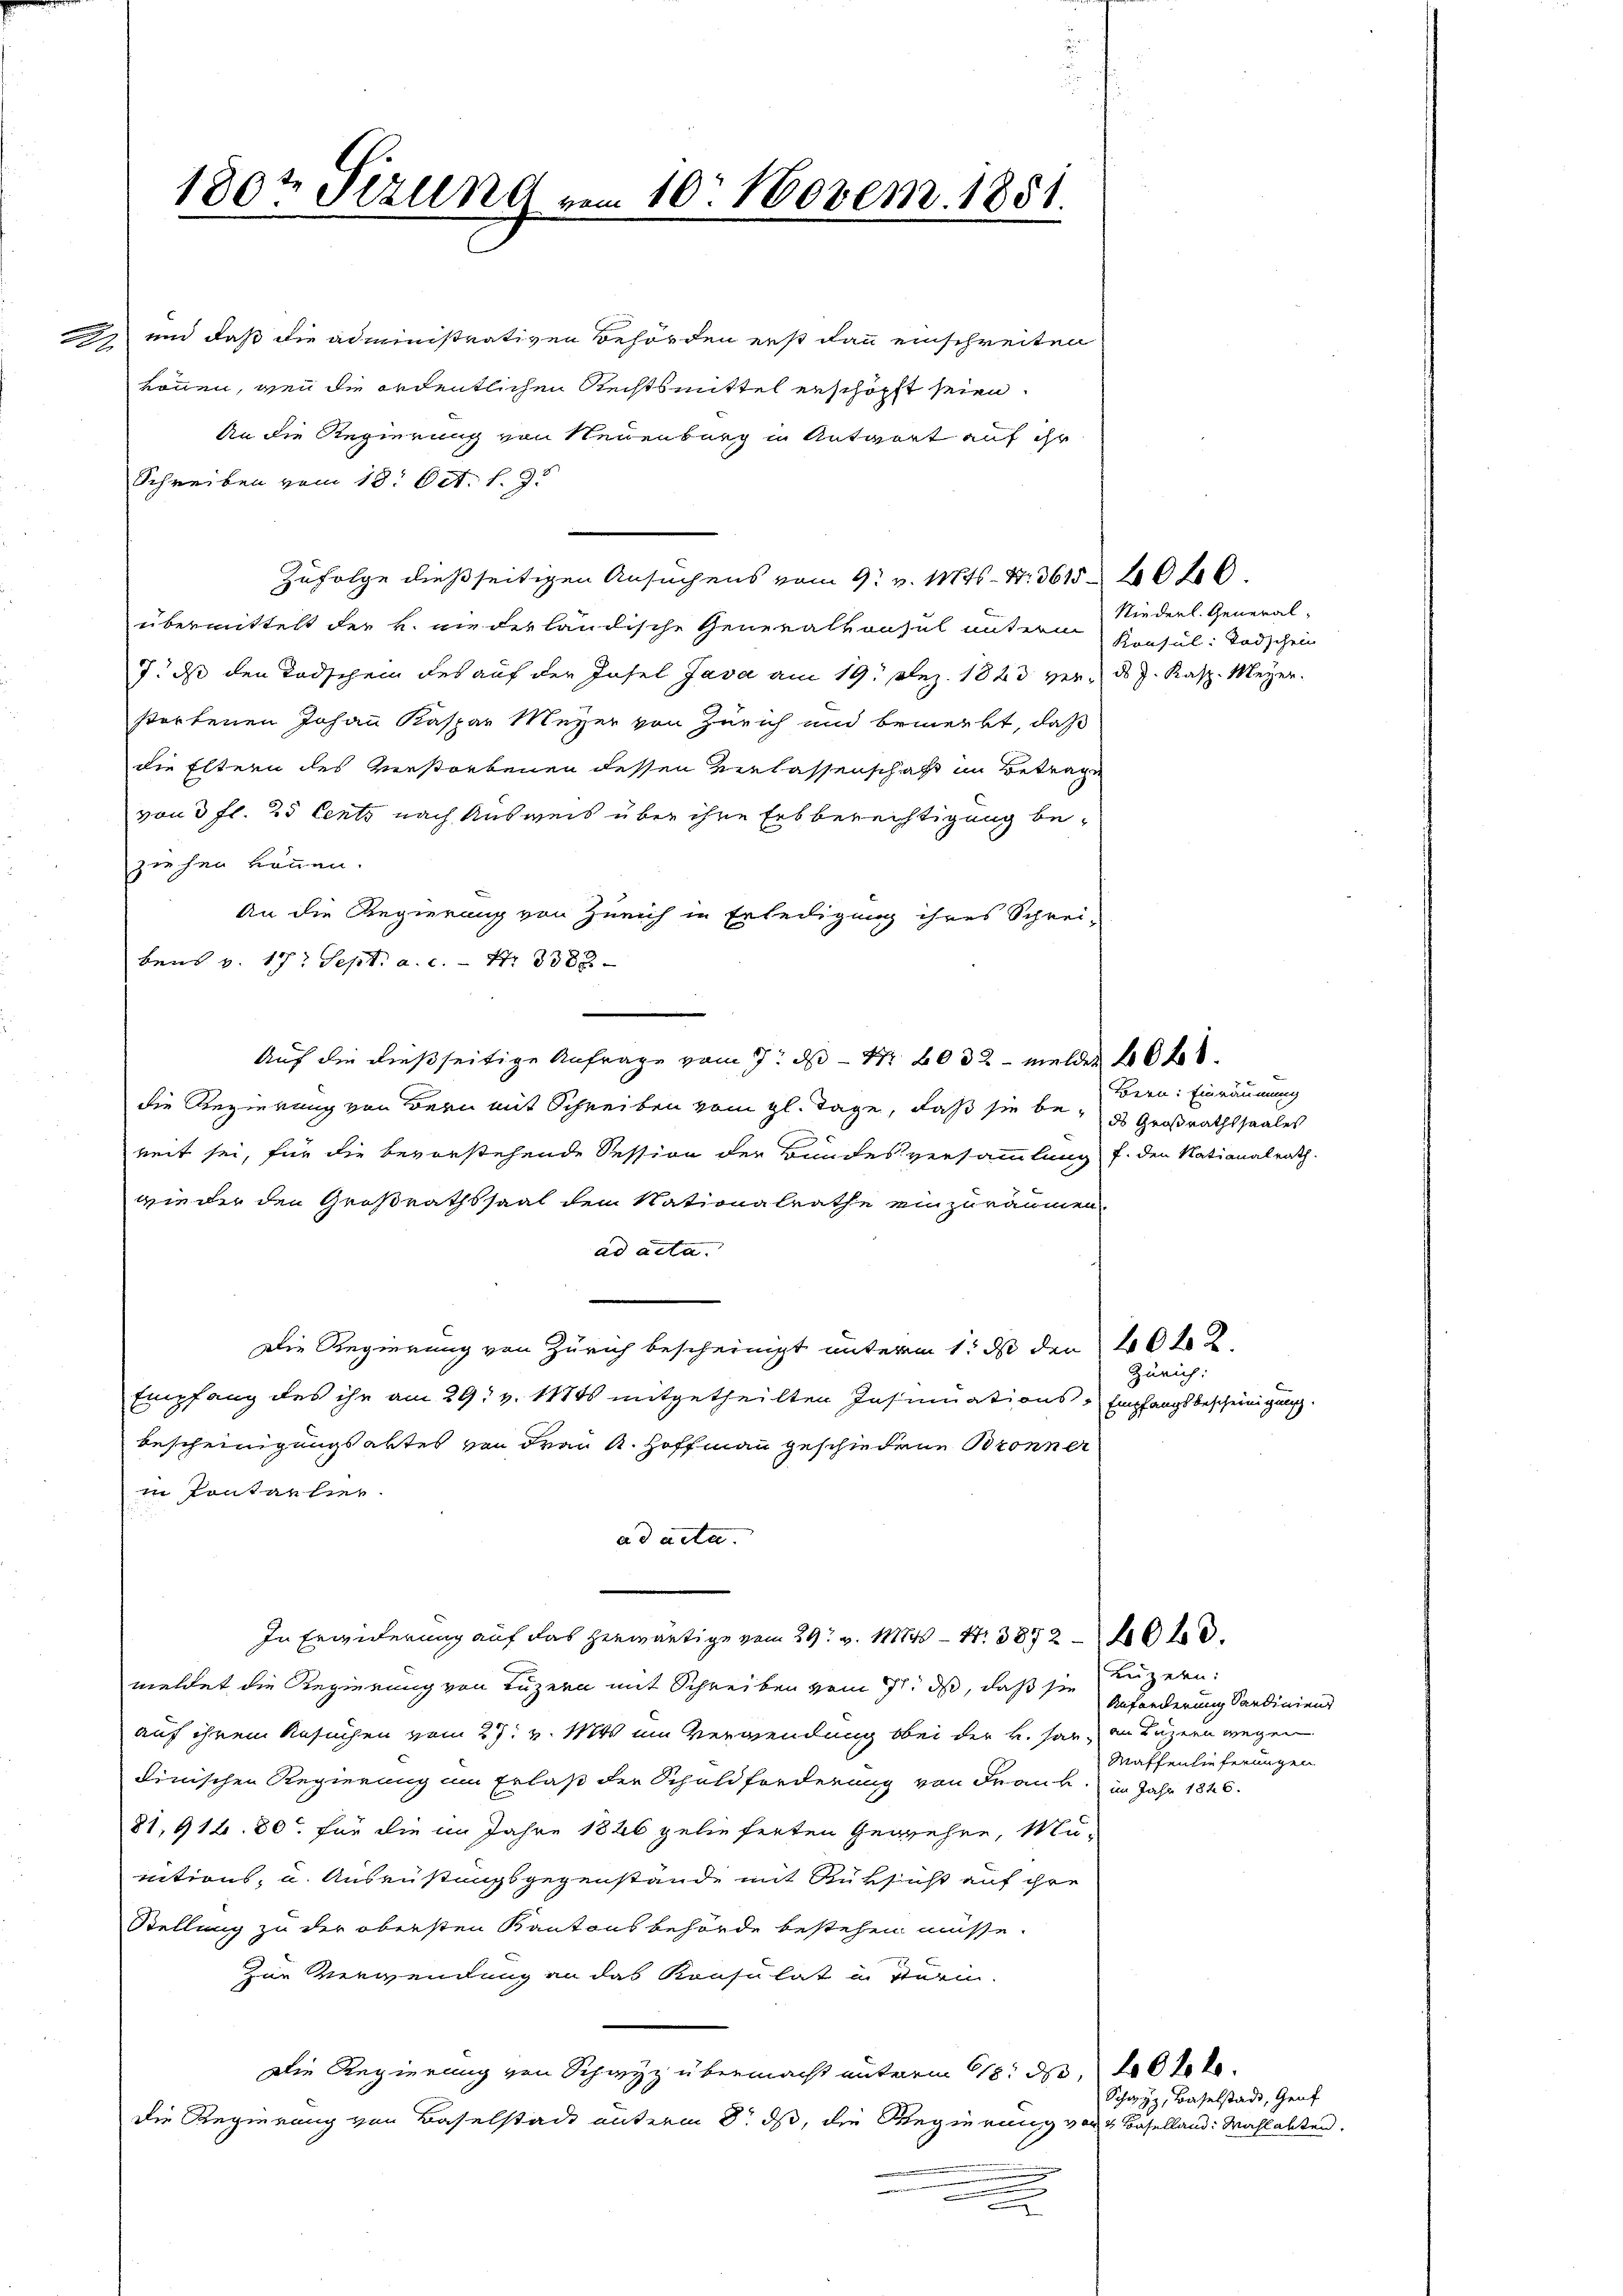
.

180t Sezung vom 10. Novem. 1851.

und daß die administrativen Behörden erst dann einschreiten
können, wenn die ordentlichen Rechtsmittel erschöpft seien.
An die Regierung von Neuenburg in Antwort auf ihr
Schreiben vom 18. Oct. l. J.
Zufolge dießseitigen Ansuchens vom 9. v. Mts. 4. 3615 - 2020.
übermittelt der v. niederländische Generalkonsul untern
7. ds den Todschein des auf der Insel Java am 19. Dez. 1823 ver- ds J. Kasp. Meyer.
storfenen Johann Kaspar Meyer von Zürich und bemerkt, daß
die Eltern des Verstorbenen dessen Verlassenschaft im Betrage
von 3 fl. 25 Cents nach Ausweis über ihre Erbberechtigung be-
ziehen können.
An die Regierung von Zürich in Erledigung ihres Schrei-
bens v. 17. Sept. a. c. - Nr. 3388
Auf die dießseitige Anfrage vom 9. ds Nr. 2032 - melder 40 f.
die Regierung von Bern mit Schreiben vom gl. Tage, daß sie be¬ d Großrathssaales
reit sei, für die bevorstehende Session der Bundesversammlung f. den Nationalrath.
wieder den Großrathssaat dem Nationalrathe einzuräumen.
ad acta
Die Regierung von Zürich bescheinigt unterm 1. ds der 20 t
Empfang des ihr am 29. v. 1815 mitgetheilten Insinuations-Empfangsbescheinigung.
Bescheinigungsaktes von Frei K. Hoffmann geschiedene Bronner
in Pontarlier.
ad acta.
In Erwiderung auf das herwärtige vom 29. v. 184 – N. 3892 40 l.
meldet die Regierung von Luzern mit Schreiben vom 11. ds, daß sie
auf ihrem Ansuchen vom 27. v. Mts. um Verwendung bei der B. han, an Luzern wegen
dinischen Regierung im Erlaß der Schuldforderung von Frank im Jahr 1840.
81,912. 80. für die im Jahre 1826 gelieferten Gewehre, Mu-
nitions, u. Ausrüstungsgegenstände mit Rüksicht auf ihre
Stellung zu der obersten Kantonsbehörde bestehen müsse.
Zur Verwendung an das Konsulat in Verin-
Die Regierung von Schwyz übermacht unterm 18. d. 10 t
Die Regierung von Baselstadt unterm 8. ds, die Regierung von Baselland. Wahlabten.
.
.

Niederl. General.
Konsul: Todschein

Bern: Einräumung

Zürich:

Luzern:
Anfänderung Sardiniend
Maffenlieferungen

Schwyz, Baselstadt, Genf